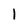
Character: I